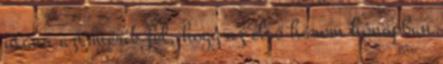
utána azt mérik fel, hogy az első három hónapban